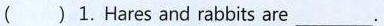
( )1. Hares and rabbits are __.